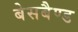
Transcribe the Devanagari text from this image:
बेसबैण्ड